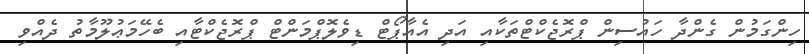
ހިންގަމުން ގެންދާ ހައުސިން ޕްރޮޖެކްޓްތަކާއި އަދި އެއާޕޯޓް ޑިވެލޮޕްމަންޓް ޕްރޮޖެކްޓާއި ބެހޭމަޢުލޫމާތު ދެއްވި